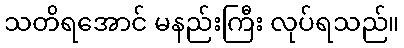
သတိရအောင် မနည်းကြီး လုပ်ရသည်။